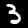
Label: 3